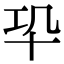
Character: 𠦕